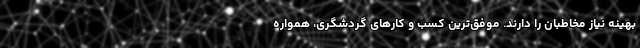
بهینه نیاز مخاطبان را دارند. موفق‌ترین کسب و کار‌های گردشگری، همواره